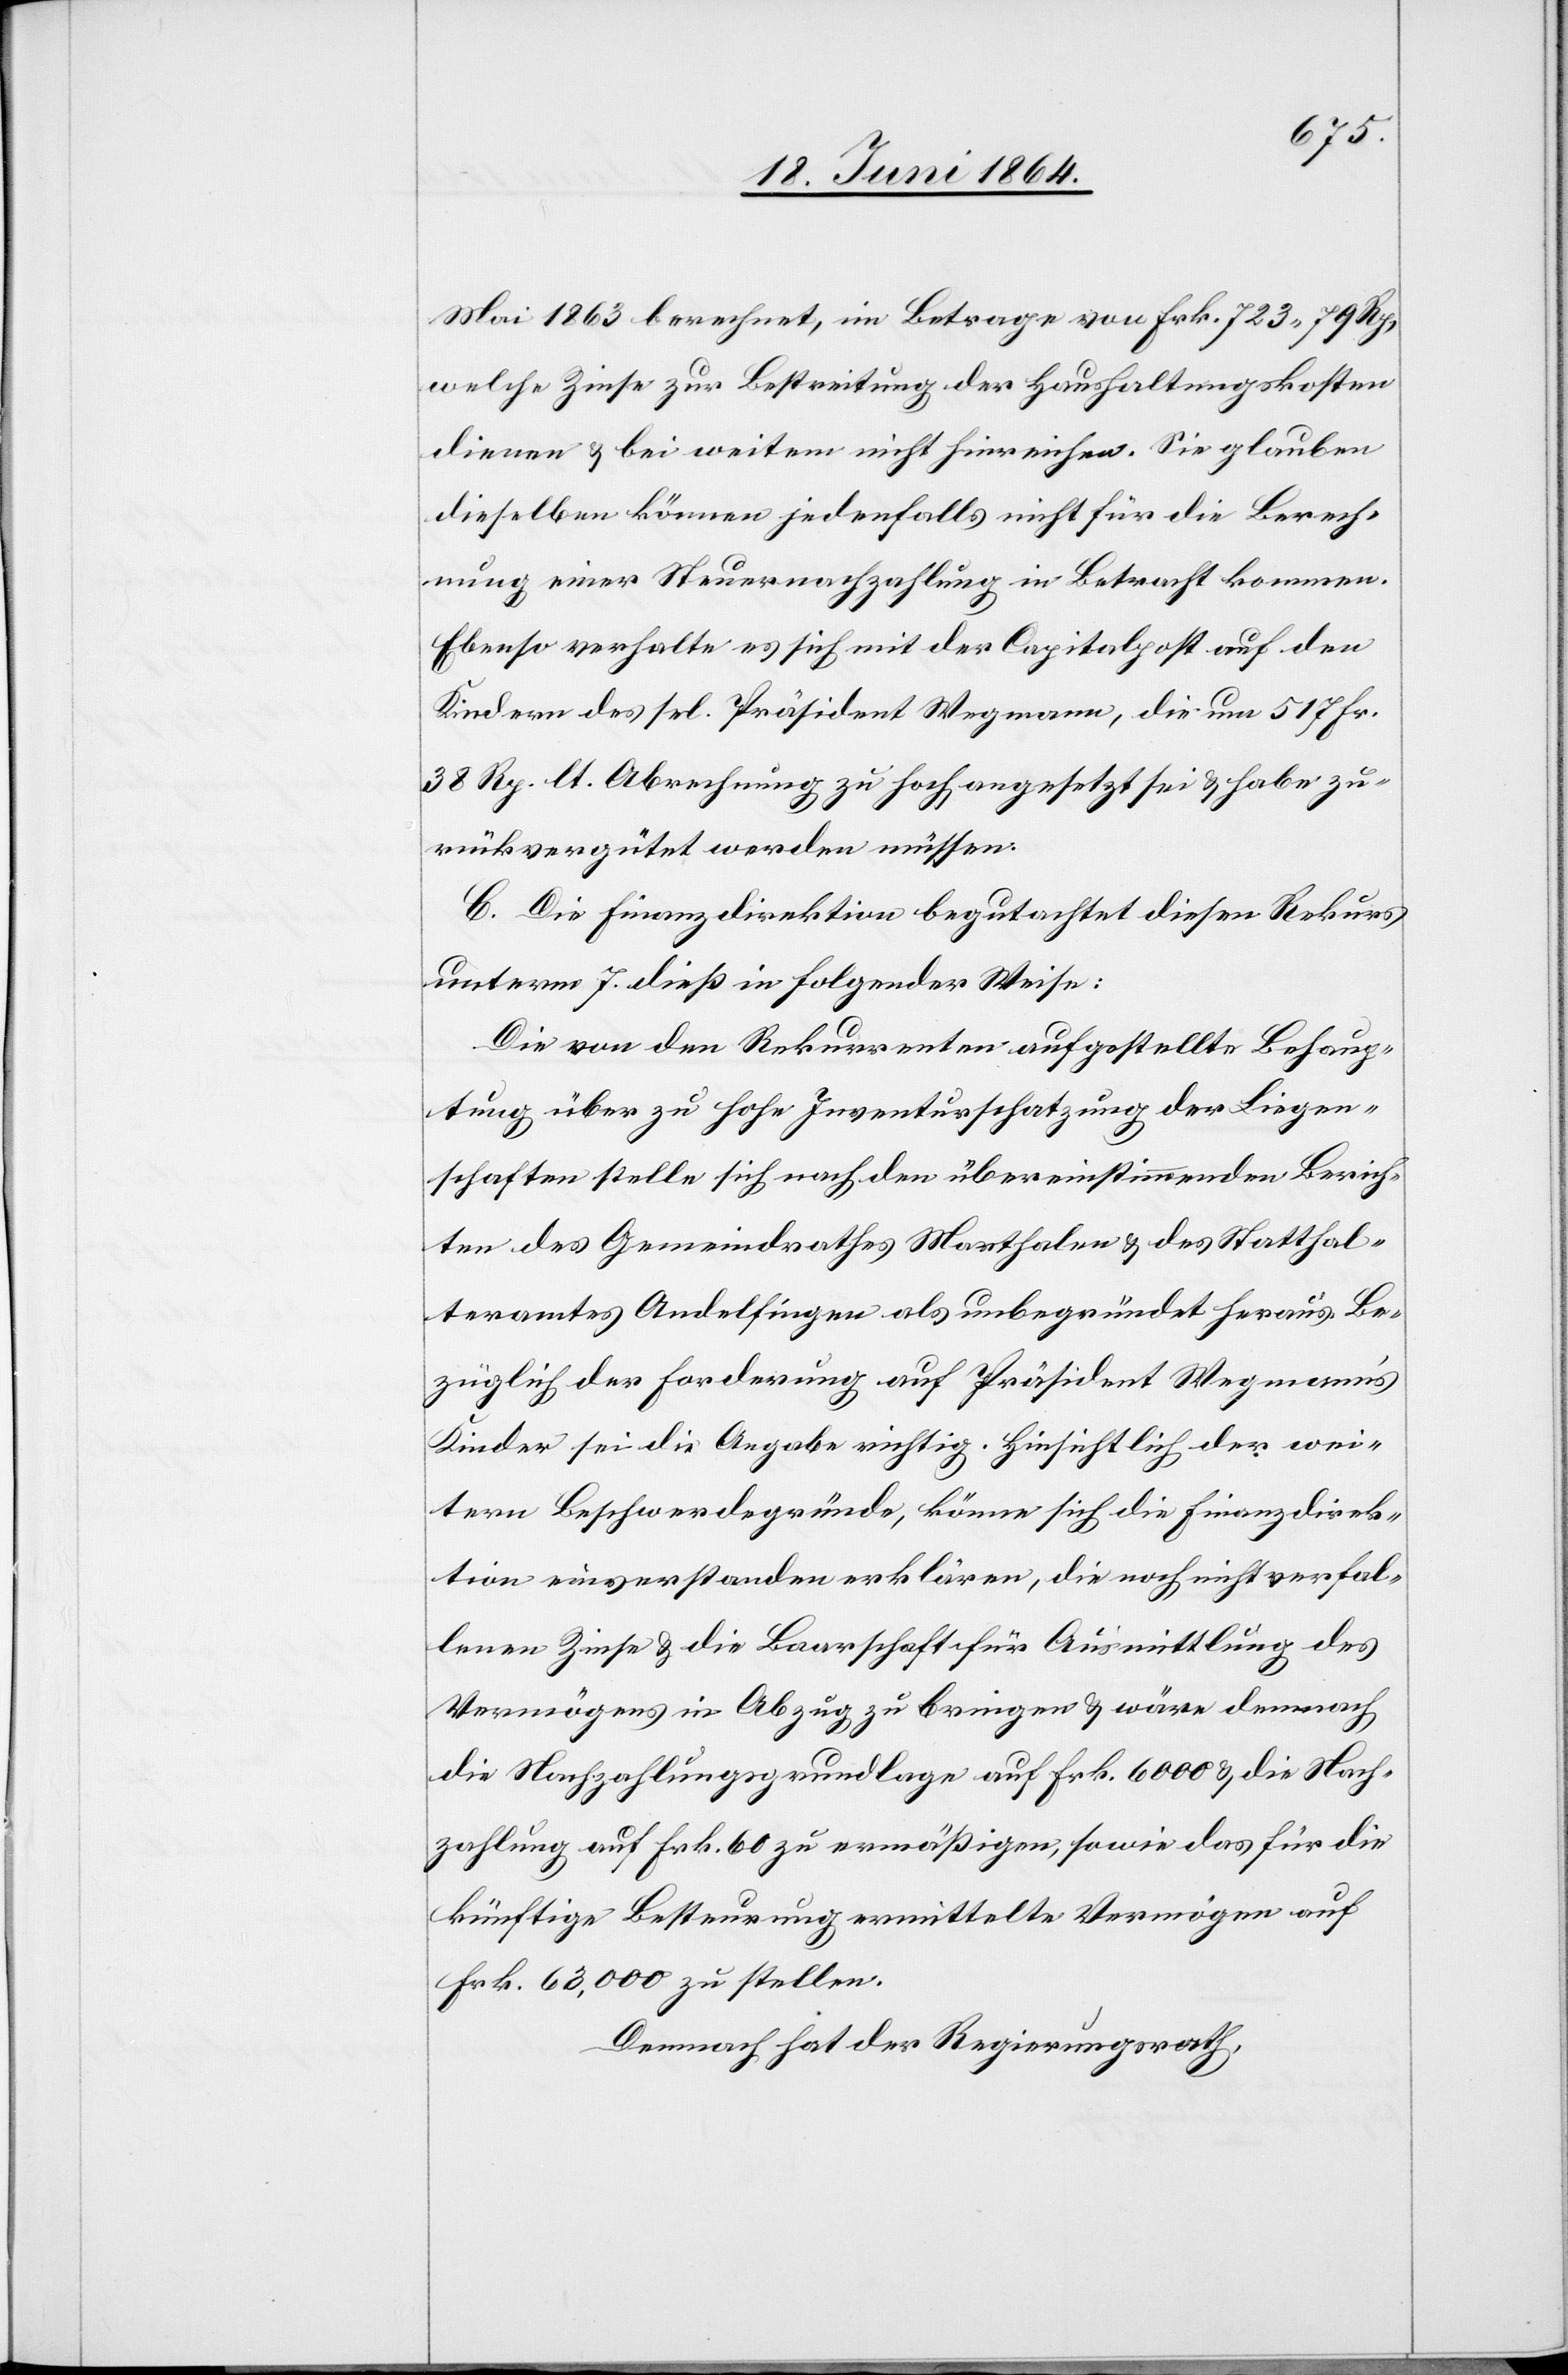
Mai 1863 berechnet, im Betrage von Frk. 723 79 Rp,
welche Zinse zur Bestreitung der Haushaltungskosten
dienen u. bei weitem nicht hinreichen. Sie glauben
dieselben können jedenfalls nicht für die Berech¬
nung einer Steuernachzahlung in Betracht kommen.
Ebenso verhalte es sich mit der Capitalpost auf den
Kindern des sel. Präsident Wegmann, die um 517 Fr.
38 Rp. lt. Abrechnung zu hoch angesetzt sei u. habe zu¬
rückvergütet werden müssen.
C. Die Finanzdirektion begutachtet diesen Rekurs
unterm 7. dieß in folgender Weise:
Die von den Rekurrenten aufgestellte Behaup¬
tung über zu hohe Inventarschatzung der Liegen¬
schaften stelle sich nach den übereinstimmenden Berich¬
ten des Gemeindrathes Marthalen u. des Statthal¬
teramtes Andelfingen als unbegründet heraus. Be¬
züglich der Forderung auf Präsident Wegmann’s
Kinder sei die Angabe richtig. Hinsichtlich der wei¬
tern Beschwerdegründe, könne sich die Finanzdirek¬
tion einverstanden erklären, die noch nicht verfal¬
lenen Zinse u. die Baarschaft für Ausmittlung des
Vermögens in Abzug zu bringen u. wäre demnach
die Nachzahlungsgrundlage auf Frk. 6000 u. die Nach¬
zahlung auf Frk. 60 zu ermäßigen, sowie das für die
künftige Besteuerung ermittelte Vermögen auf
Frk. 63,000 zu stellen.
Demnach hat der Regierungsrath,